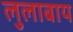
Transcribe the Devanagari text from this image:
लुलाबाय